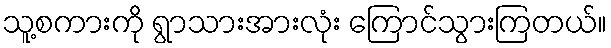
သူ့စကားကို ရွာသားအားလုံး ကြောင်သွားကြတယ်။